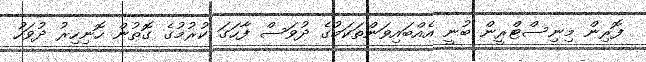
ފޮރިން މިނިސްޓްރީން ބުނީ އެއްބައިވަންތަކަމުގެ ދުވަސް ފާހަގަ ކުރުމުގެ ގޮތުން ހޮނިހިރު ދުވަހު